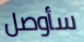
سأوصل